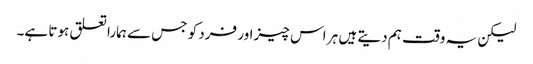
لیکن یہ وقت ہم دیتے ہیں ہر اس چیز اور فرد کو جس سے ہمارا تعلق ہوتا ہے۔